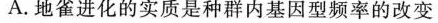
A.地雀进化的实质是种群内基因型频率的改变